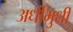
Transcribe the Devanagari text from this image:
अर्धीमुर्धी